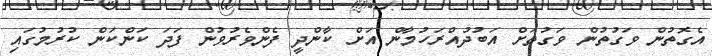
އެގޮތުން ވަގުތުން ވަގުތަށް އަބުދުއްރަހުމާން އަށް ކާންދީ ފެންވެރުވުން ފަދަ ކަންކަން ކުރުމުގައި